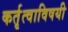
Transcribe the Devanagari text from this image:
कर्तृत्वाविषयी